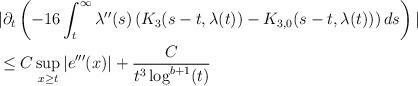
LaTeX: \begin{align*} &|\partial_{t}\left(-16 \int_{t}^{\infty} \lambda''(s) \left(K_{3}(s-t,\lambda(t))-K_{3,0}(s-t,\lambda(t))\right) ds\right)|\\&\leq C \sup_{x \geq t} |e'''(x)| + \frac{C}{t^{3} \log^{b+1}(t)}\end{align*}